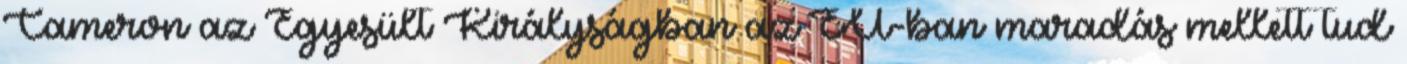
Cameron az Egyesült Királyságban az EU-ban maradás mellett tud